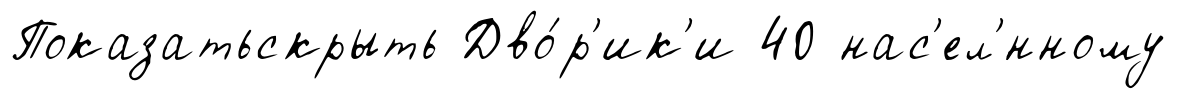
Показатьскрыть Дво́р'ик'и 40 нас'ел'́нному